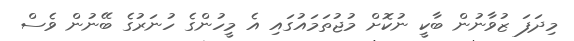
މިދަފަ ޒުވާނުން ބާކީ ނުކޮށް މުޖުތަމައުގައި އެ މީހުންގެ ހުނަރުގެ ބޭނުން ވެސް